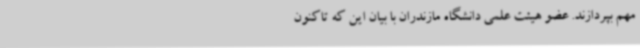
مهم بپردازند. عضو هیئت علمی دانشگاه مازندران با بیان این که تاکنون